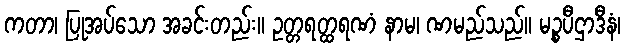
ကတာ၊ ပြုအပ်သော အခင်းတည်း။ ဥတ္တရတ္ထရဏံ နာမ၊ ဏမည်သည်။ မဉ္စပီဌာဒီနံ၊